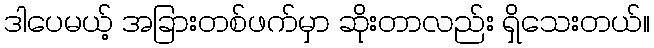
ဒါပေမယ့် အခြားတစ်ဖက်မှာ ဆိုးတာလည်း ရှိသေးတယ်။